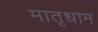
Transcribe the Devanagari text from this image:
मातृधाम